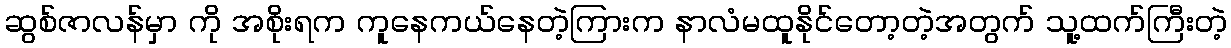
ဆွစ်ဇာလန်မှာ ကို အစိုးရက ကူနေကယ်နေတဲ့ကြားက နာလံမထူနိုင်တော့တဲ့အတွက် သူ့ထက်ကြီးတဲ့